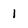
Character: 1